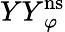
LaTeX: {YY}_{\varphi}^{\mathrm{ns}}